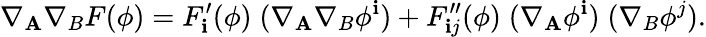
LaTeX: \nabla_{\mathbf{A}}\nabla_{B}F(\phi)=F_{\mathbf{i}}^{\prime}(\phi)\; (\nabla_{\mathbf{A}}\nabla_{B}\phi^{\mathbf{i}})+F_{\mathbf{i}j}^{\prime\prime}(\phi)\; (\nabla_{\mathbf{A}}\phi^{\mathbf{i}})\; (\nabla_{B}\phi^{j}).